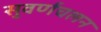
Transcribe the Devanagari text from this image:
सुवर्णचलन